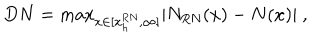
D N = \mathrm { m a x } _ { x \in [ x _ { h } ^ { \mathrm { R N } } , \infty ] } \vert N _ { \mathrm { R N } } ( x ) - N ( x ) \vert \ ,